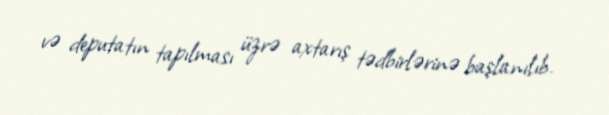
və deputatın tapılması üzrə axtarış tədbirlərinə başlanılıb.